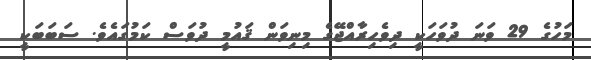
މަހުގެ 29 ވަނަ ދުވަހަކީ ދިވެހިރާއްޖޭގެ މިނިވަން ޤައުމީ ދުވަސް ކަމުގައެވެ. ސަބަބަކީ